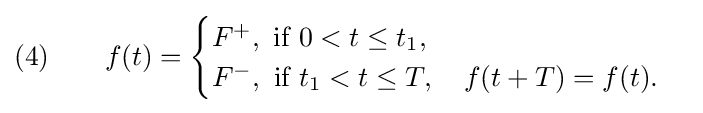
(4)\qquad f(t)={\begin{cases}F^{+},{\text{ if }}0<t\leq t_{1},\\F^{-},{\text{ if }}t_{1}<t\leq T,\quad f(t+T)=f(t).\end{cases}}